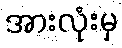
အားလုံးမှ